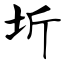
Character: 圻